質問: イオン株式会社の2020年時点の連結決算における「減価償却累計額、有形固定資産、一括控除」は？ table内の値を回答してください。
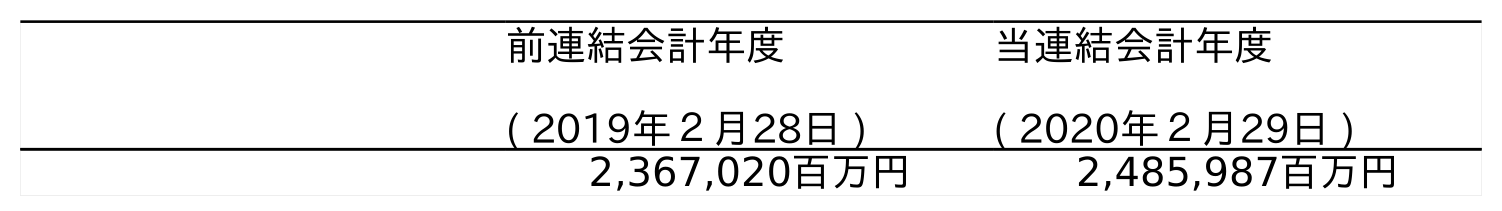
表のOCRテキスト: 前連結会計年度 ( 2019年２月28日 ) 当連結会計年度 ( 2020年２月29日 ) 2,367,020百万円 2,485,987百万円
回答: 2,485,987